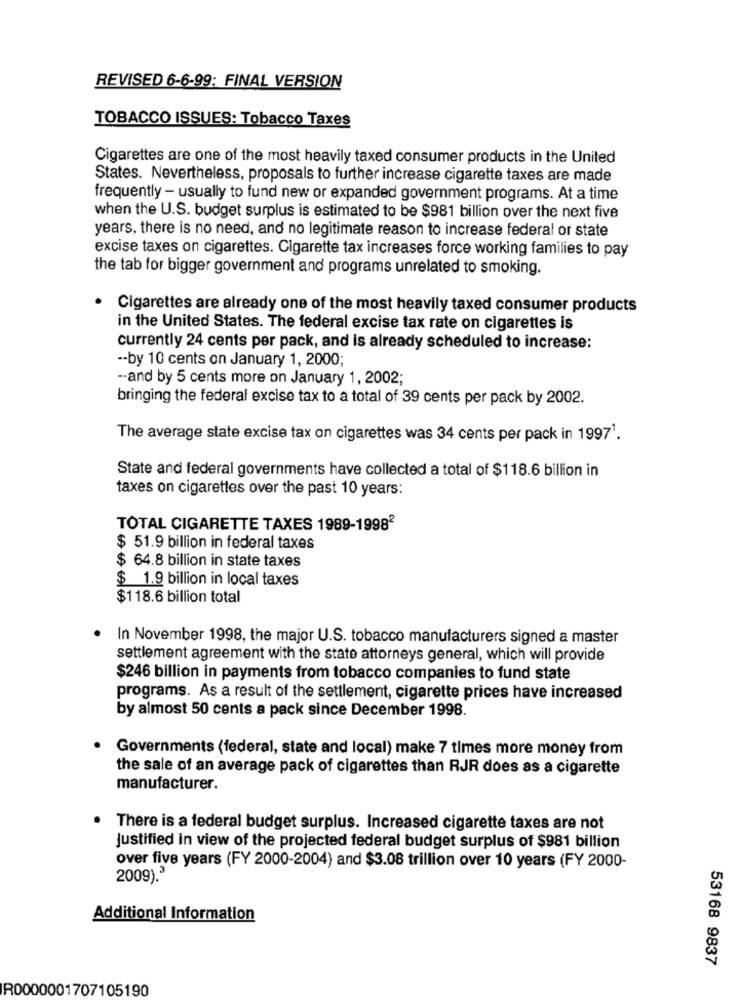
REVISED 6-6-99: FINAL VERSION
TOBACCO ISSUES: Tobacco Taxes
Cigarettes are one of the most heavily taxed consumer products in the United
States. Nevertheless, proposals to further increase cigarette taxes are made
frequently - usually to fund new or expanded government programs. At a time
when the U.S. budget surplus is estimated to be $981 billion over the next five
years, there is no need, and no legitimate reason to increase federal or state
excise taxes on cigarettes. Cigarette tax increases force working families to pay
the tab for bigger government and programs unrelated to smoking.
Cigarettes are already one of the most heavily taxed consumer products
in the United States. The federal excise tax rate on cigarettes is
currently 24 cents per pack, and is already scheduled to increase:
-- by 10 cents on January 1, 2000;
-- and by 5 cents more on January 1, 2002;
bringing the federal excise tax to a total of 39 cents per pack by 2002.
The average state excise tax on cigarettes was 34 cents per pack in 19971.
State and federal governments have collected a total of $118.6 billion in
taxes on cigarettes over the past 10 years:
TOTAL CIGARETTE TAXES 1989-19982
$ 51.9 billion in federal taxes
$ 64.8 billion in state taxes
$ 1.9 billion in local taxes
$118.6 billion total
In November 1998, the major U.S. tobacco manufacturers signed a master
settlement agreement with the state attorneys general, which will provide
$246 billion in payments from tobacco companies to fund state
programs. As a result of the settlement, cigarette prices have increased
by almost 50 cents a pack since December 1998.
Governments (federal, state and local) make 7 times more money from
the sale of an average pack of cigarettes than RJR does as a cigarette
manufacturer.
There is a federal budget surplus. Increased cigarette taxes are not
Justified in view of the projected federal budget surplus of $981 billion
over five years (FY 2000-2004) and $3.08 trillion over 10 years (FY 2000-
2009).3
Additional Information
53168 9837
R0000001707105190